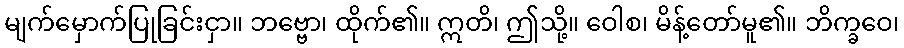
မျက်မှောက်ပြုခြင်းငှာ။ ဘဗ္ဗော၊ ထိုက်၏။ ဣတိ၊ ဤသို့။ ဝေါစ၊ မိန့်တော်မူ၏။ ဘိက္ခဝေ၊